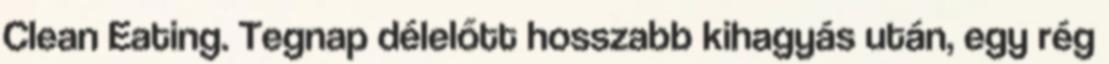
Clean Eating. Tegnap délelőtt hosszabb kihagyás után, egy rég